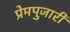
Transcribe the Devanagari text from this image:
प्रेमपुजारी